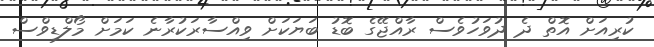
ކުރިއަށް އޮތް ދެ ދުވަހުވެސް ރާއްޖޭގެ ބޮޑު ބަޔަކަށް ވިއްސާރަކުރާނެ ކަމަށް މޯލްޑިވްސް